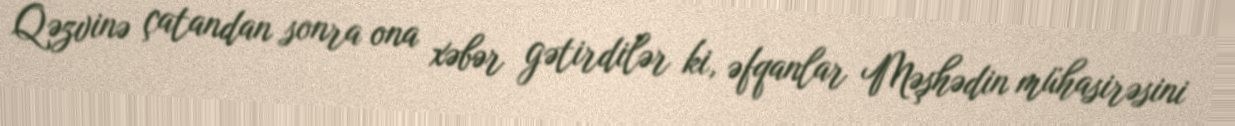
Qəzvinə çatandan sonra ona xəbər gətirdilər ki, əfqanlar Məşhədin mühasirəsini